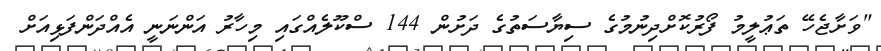
"ވަށާޖެހޭ ތަޢުލީމު ފޯރުކޮށްދިނުމުގެ ސިޔާސަތުގެ ދަށުން 144 ސްކޫލެއްގައި މިހާރު އަންނަނީ އެއްދަންފަޅިއަށް